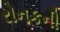
રોનકની